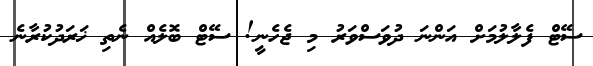
ސޭޓް ފެލާލުމަށް އަންނަ ދުވަސްވަރު މި ޖެހެނީ! ސޭޓް ބޮލެއް ނެތި ޚަރަދުކުރާނެ